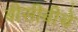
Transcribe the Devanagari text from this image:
बीसीबीचे